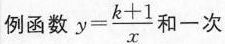
例函数 $$y = \frac { k + 1 } { x }$$ 和一次